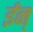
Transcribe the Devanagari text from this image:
ईन्